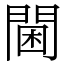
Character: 閫